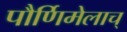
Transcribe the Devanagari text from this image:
पौर्णिमेलाच्